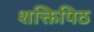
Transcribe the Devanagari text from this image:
शक्तिपिठ